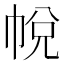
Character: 帨